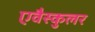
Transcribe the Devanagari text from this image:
एवैस्कुलर